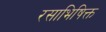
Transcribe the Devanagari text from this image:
रसाभिषिक्त